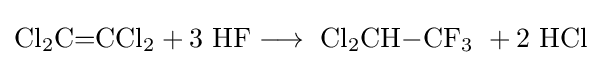
\mathrm {Cl_{2}C{=}CCl_{2}+3\ HF\longrightarrow \ Cl_{2}CH{-}CF_{3}\ +2\ HCl}